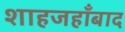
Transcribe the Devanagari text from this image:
शाहजहाँबाद